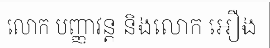
លោក បញ្ញាវន្ត និងលោក អឿង